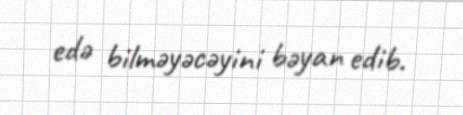
edə bilməyəcəyini bəyan edib.